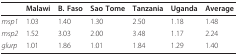
<table><thead><tr><td></td><td><b>Malawi</b></td><td><b>B. Faso</b></td><td><b>Sao Tome</b></td><td><b>Tanzania</b></td><td><b>Uganda</b></td><td><b>Average</b></td></tr></thead><tbody><tr><td><i>msp1</i></td><td>1.03</td><td>1.40</td><td>1.30</td><td>2.50</td><td>1.18</td><td>1.48</td></tr><tr><td><i>msp2</i></td><td>1.52</td><td>3.03</td><td>2.00</td><td>3.48</td><td>1.17</td><td>2.24</td></tr><tr><td><i>glurp</i></td><td>1.01</td><td>1.86</td><td>1.01</td><td>1.84</td><td>1.29</td><td>1.40</td></tr></tbody></table>